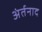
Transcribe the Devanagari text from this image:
अंर्तनाद